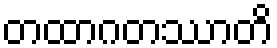
တထာဂတဿာတိ